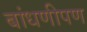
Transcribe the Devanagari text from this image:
बांधणीपण